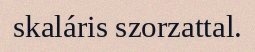
skaláris szorzattal.